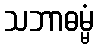
သဘာဓမ္မံ